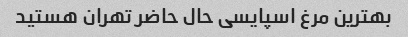
بهترین مرغ اسپایسی حال حاضر تهران هستید